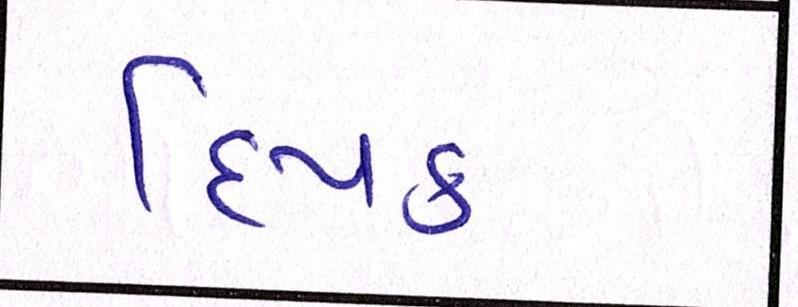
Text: દિપક